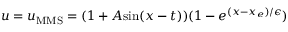
u = u _ { \mathrm { M M S } } = ( 1 + A \mathrm { s i n } ( x - t ) ) ( 1 - e ^ { ( x - x _ { e } ) / \epsilon } )